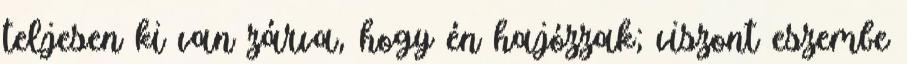
teljesen ki van zárva, hogy én hajózzak; viszont eszembe